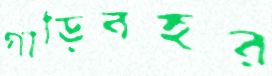
গাড়িবহর